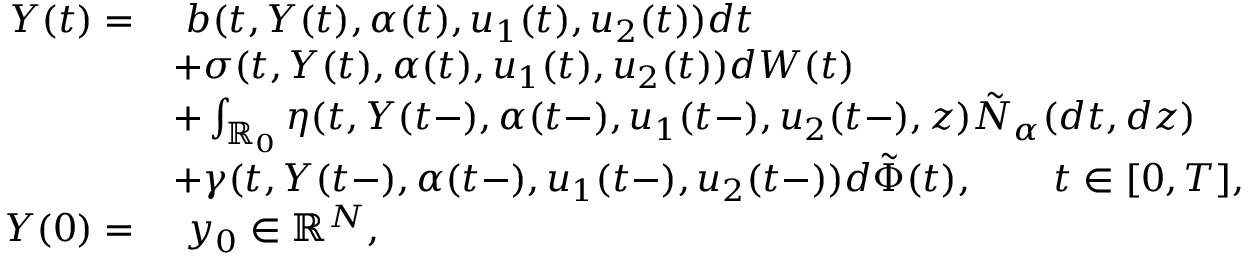
\begin{array} { r l } { Y ( t ) = } & { \ b ( t , Y ( t ) , \alpha ( t ) , u _ { 1 } ( t ) , u _ { 2 } ( t ) ) d t } \\ & { + \sigma ( t , Y ( t ) , \alpha ( t ) , u _ { 1 } ( t ) , u _ { 2 } ( t ) ) d W ( t ) } \\ & { + \int _ { \mathbb { R } _ { 0 } } \eta ( t , Y ( t - ) , \alpha ( t - ) , u _ { 1 } ( t - ) , u _ { 2 } ( t - ) , z ) \tilde { N } _ { \alpha } ( d t , d z ) } \\ & { + \gamma ( t , Y ( t - ) , \alpha ( t - ) , u _ { 1 } ( t - ) , u _ { 2 } ( t - ) ) d \tilde { \Phi } ( t ) , \qquad t \in [ 0 , T ] , } \\ { Y ( 0 ) = } & { \ y _ { 0 } \in \mathbb { R } ^ { N } , } \end{array}